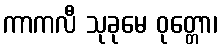
ကာကလီ သုခုမေ ဝုတ္တော၊